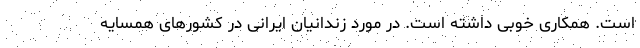
است. همکاری خوبی داشته است. در مورد زندانیان ایرانی در کشورهای همسایه